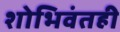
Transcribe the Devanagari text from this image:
शोभिवंतही